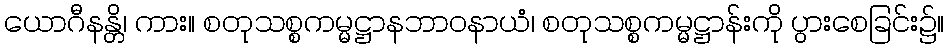
ယောဂီနန္တိ၊ ကား။ စတုသစ္စကမ္မဋ္ဌာနဘာဝနာယံ၊ စတုသစ္စကမ္မဋ္ဌာန်းကို ပွားစေခြင်း၌။